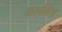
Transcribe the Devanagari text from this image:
कार्याक्षेत्र